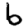
Digit: 6